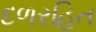
દળરહિત